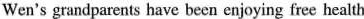
Wen's grandparents have been enjoying free health